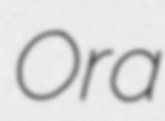
Ora